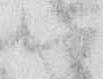
ハ